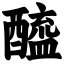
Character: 醯